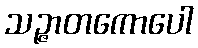
သဉ္ဇာတကောပေါ